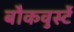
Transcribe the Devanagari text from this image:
बौकवुर्स्टे